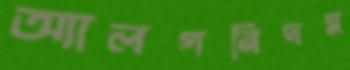
অ্যালগরিদম